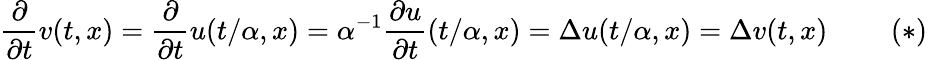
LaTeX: {\frac{\partial}{\partial t}}v(t,x)={\frac{\partial}{\partial t}}u(t/\alpha,x)=\alpha^{-1}{\frac{\partial u}{\partial t}}(t/\alpha,x)=\Delta u(t/\alpha,x)=\Delta v(t,x)\ \ \ \ \ \ \ \ \ (*)